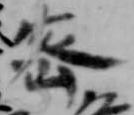
密